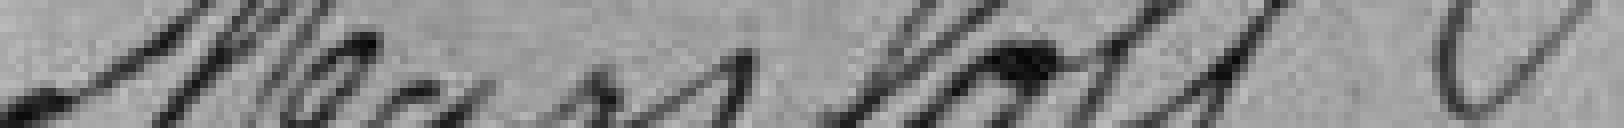
Manzloff